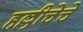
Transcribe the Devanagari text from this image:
हल्लीचेचे